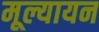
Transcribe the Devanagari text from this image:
मूल्यायन